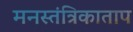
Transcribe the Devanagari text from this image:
मनस्तंत्रिकाताप